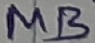
Text: MB